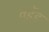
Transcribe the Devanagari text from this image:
वर्डेड